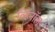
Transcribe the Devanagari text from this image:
व्हिनॉल